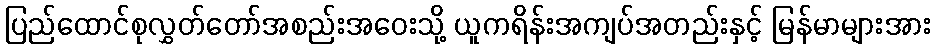
ပြည်ထောင်စုလွှတ်တော်အစည်းအဝေးသို့ ယူကရိန်းအကျပ်အတည်းနှင့် မြန်မာများအား